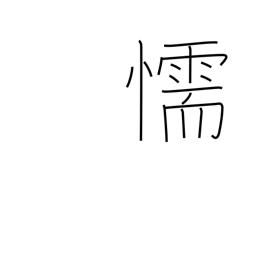
Meaning: cowardice